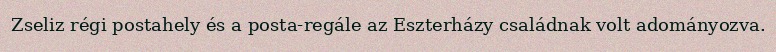
Zseliz régi postahely és a posta-regále az Eszterházy családnak volt adományozva.